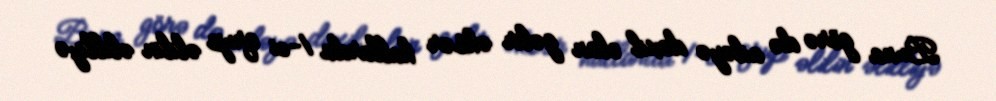
Buna görə də ailəyə daxil olan gəlir əksər hallarda 1-ci qrup əlilin əlilliyə